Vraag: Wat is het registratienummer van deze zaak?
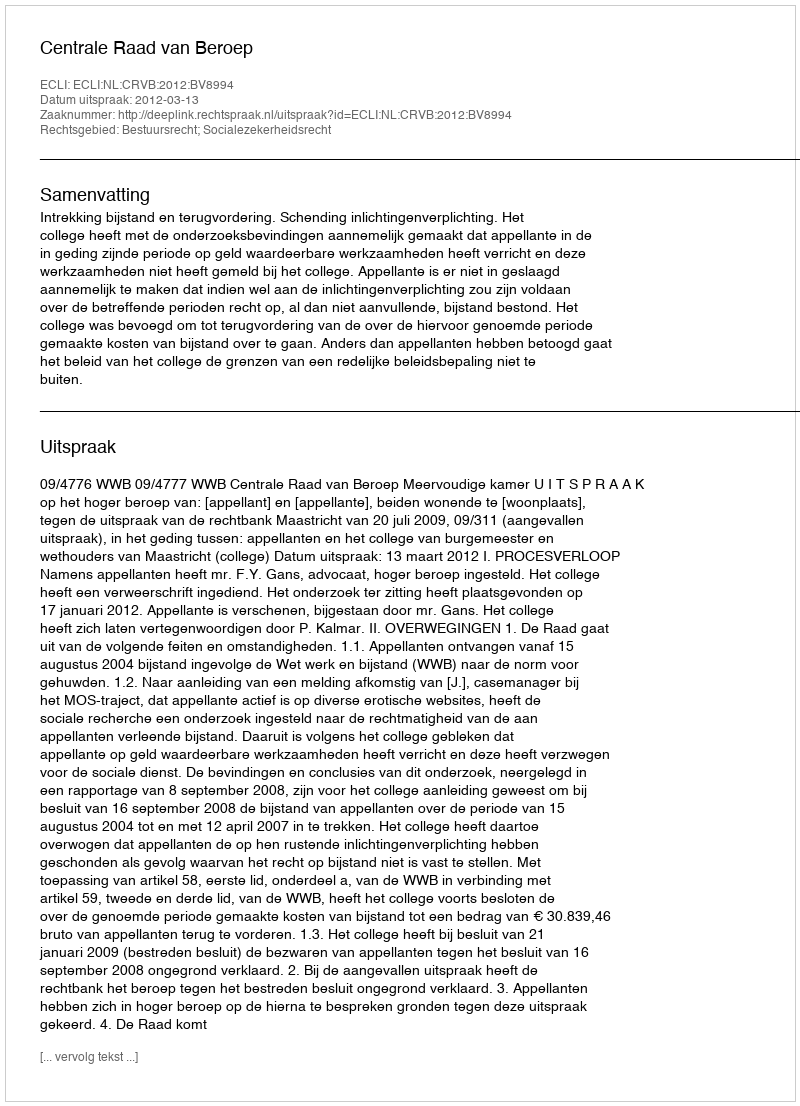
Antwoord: http://deeplink.rechtspraak.nl/uitspraak?id=ECLI:NL:CRVB:2012:BV8994